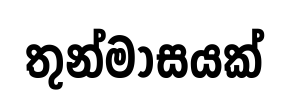
තුන්මාසයක්